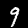
Digit: 9